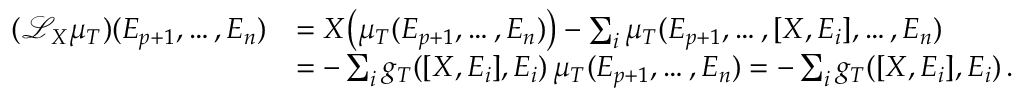
\begin{array} { r l } { ( \mathcal { L } _ { X } \mu _ { T } ) ( E _ { p + 1 } , \ldots , E _ { n } ) } & { = X \big ( \mu _ { T } ( E _ { p + 1 } , \ldots , E _ { n } ) \big ) - \sum _ { i } \mu _ { T } ( E _ { p + 1 } , \ldots , [ X , E _ { i } ] , \ldots , E _ { n } ) } \\ & { = - \sum _ { i } g _ { T } ( [ X , E _ { i } ] , E _ { i } ) \, \mu _ { T } ( E _ { p + 1 } , \ldots , E _ { n } ) = - \sum _ { i } g _ { T } ( [ X , E _ { i } ] , E _ { i } ) \, . } \end{array}